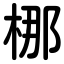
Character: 梛